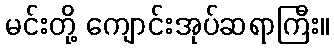
မင်းတို့ ကျောင်းအုပ်ဆရာကြီး။